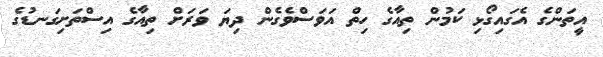
އީތަންގެ އެގައިގޯޅި ކަމުން ތިއާގެ ހިތް އަވަސްވެގެން ދިޔަ ވަރަށް ތިއާގެ އިސްތަށިގަނޑުގެ